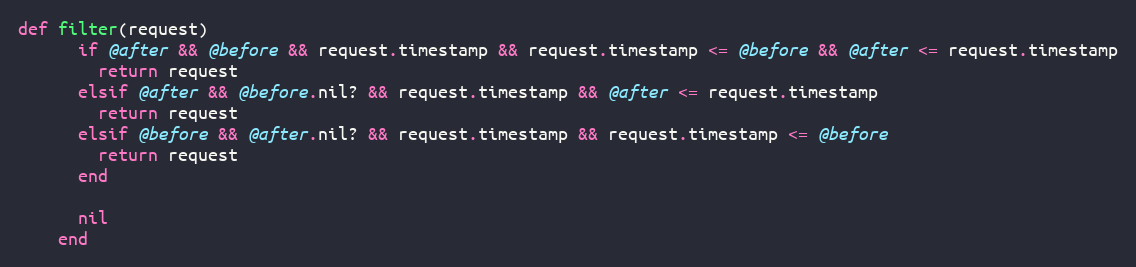
Language: Ruby
def filter(request)
      if @after && @before && request.timestamp && request.timestamp <= @before && @after <= request.timestamp
        return request
      elsif @after && @before.nil? && request.timestamp && @after <= request.timestamp
        return request
      elsif @before && @after.nil? && request.timestamp && request.timestamp <= @before
        return request
      end

      nil
    end